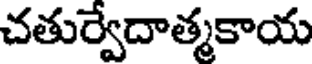
చతుర్వేదాత్మకాయ